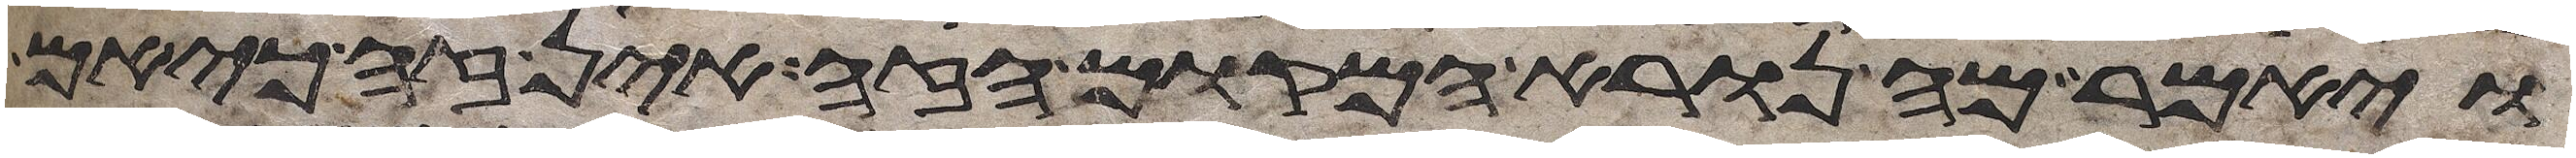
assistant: ויאמר מה נורא המקום הזה אין זה כי אם